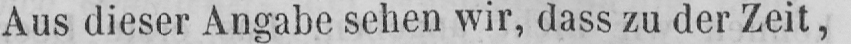
Aus dieser Angabe sehen wir, dass zu der Zeit,